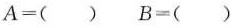
A=（） B=（）